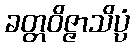
ခတ္တဝိဇ္ဇာသိပ္ပံ